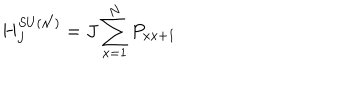
H _ { J } ^ { S U ( { \cal N } ) } = J \sum _ { x = 1 } ^ { N } P _ { x x + 1 }